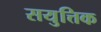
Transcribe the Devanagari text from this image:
सयुत्तिक